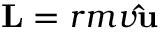
\mathbf { L } = r m v \mathbf { \hat { u } }